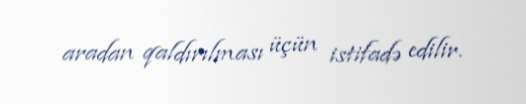
aradan qaldırılması üçün istifadə edilir.